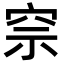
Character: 𥥓